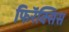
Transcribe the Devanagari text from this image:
फिरॅक्सिस